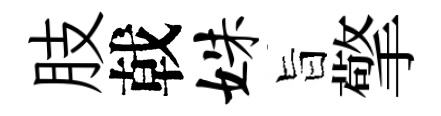
肢戟姝旨擎